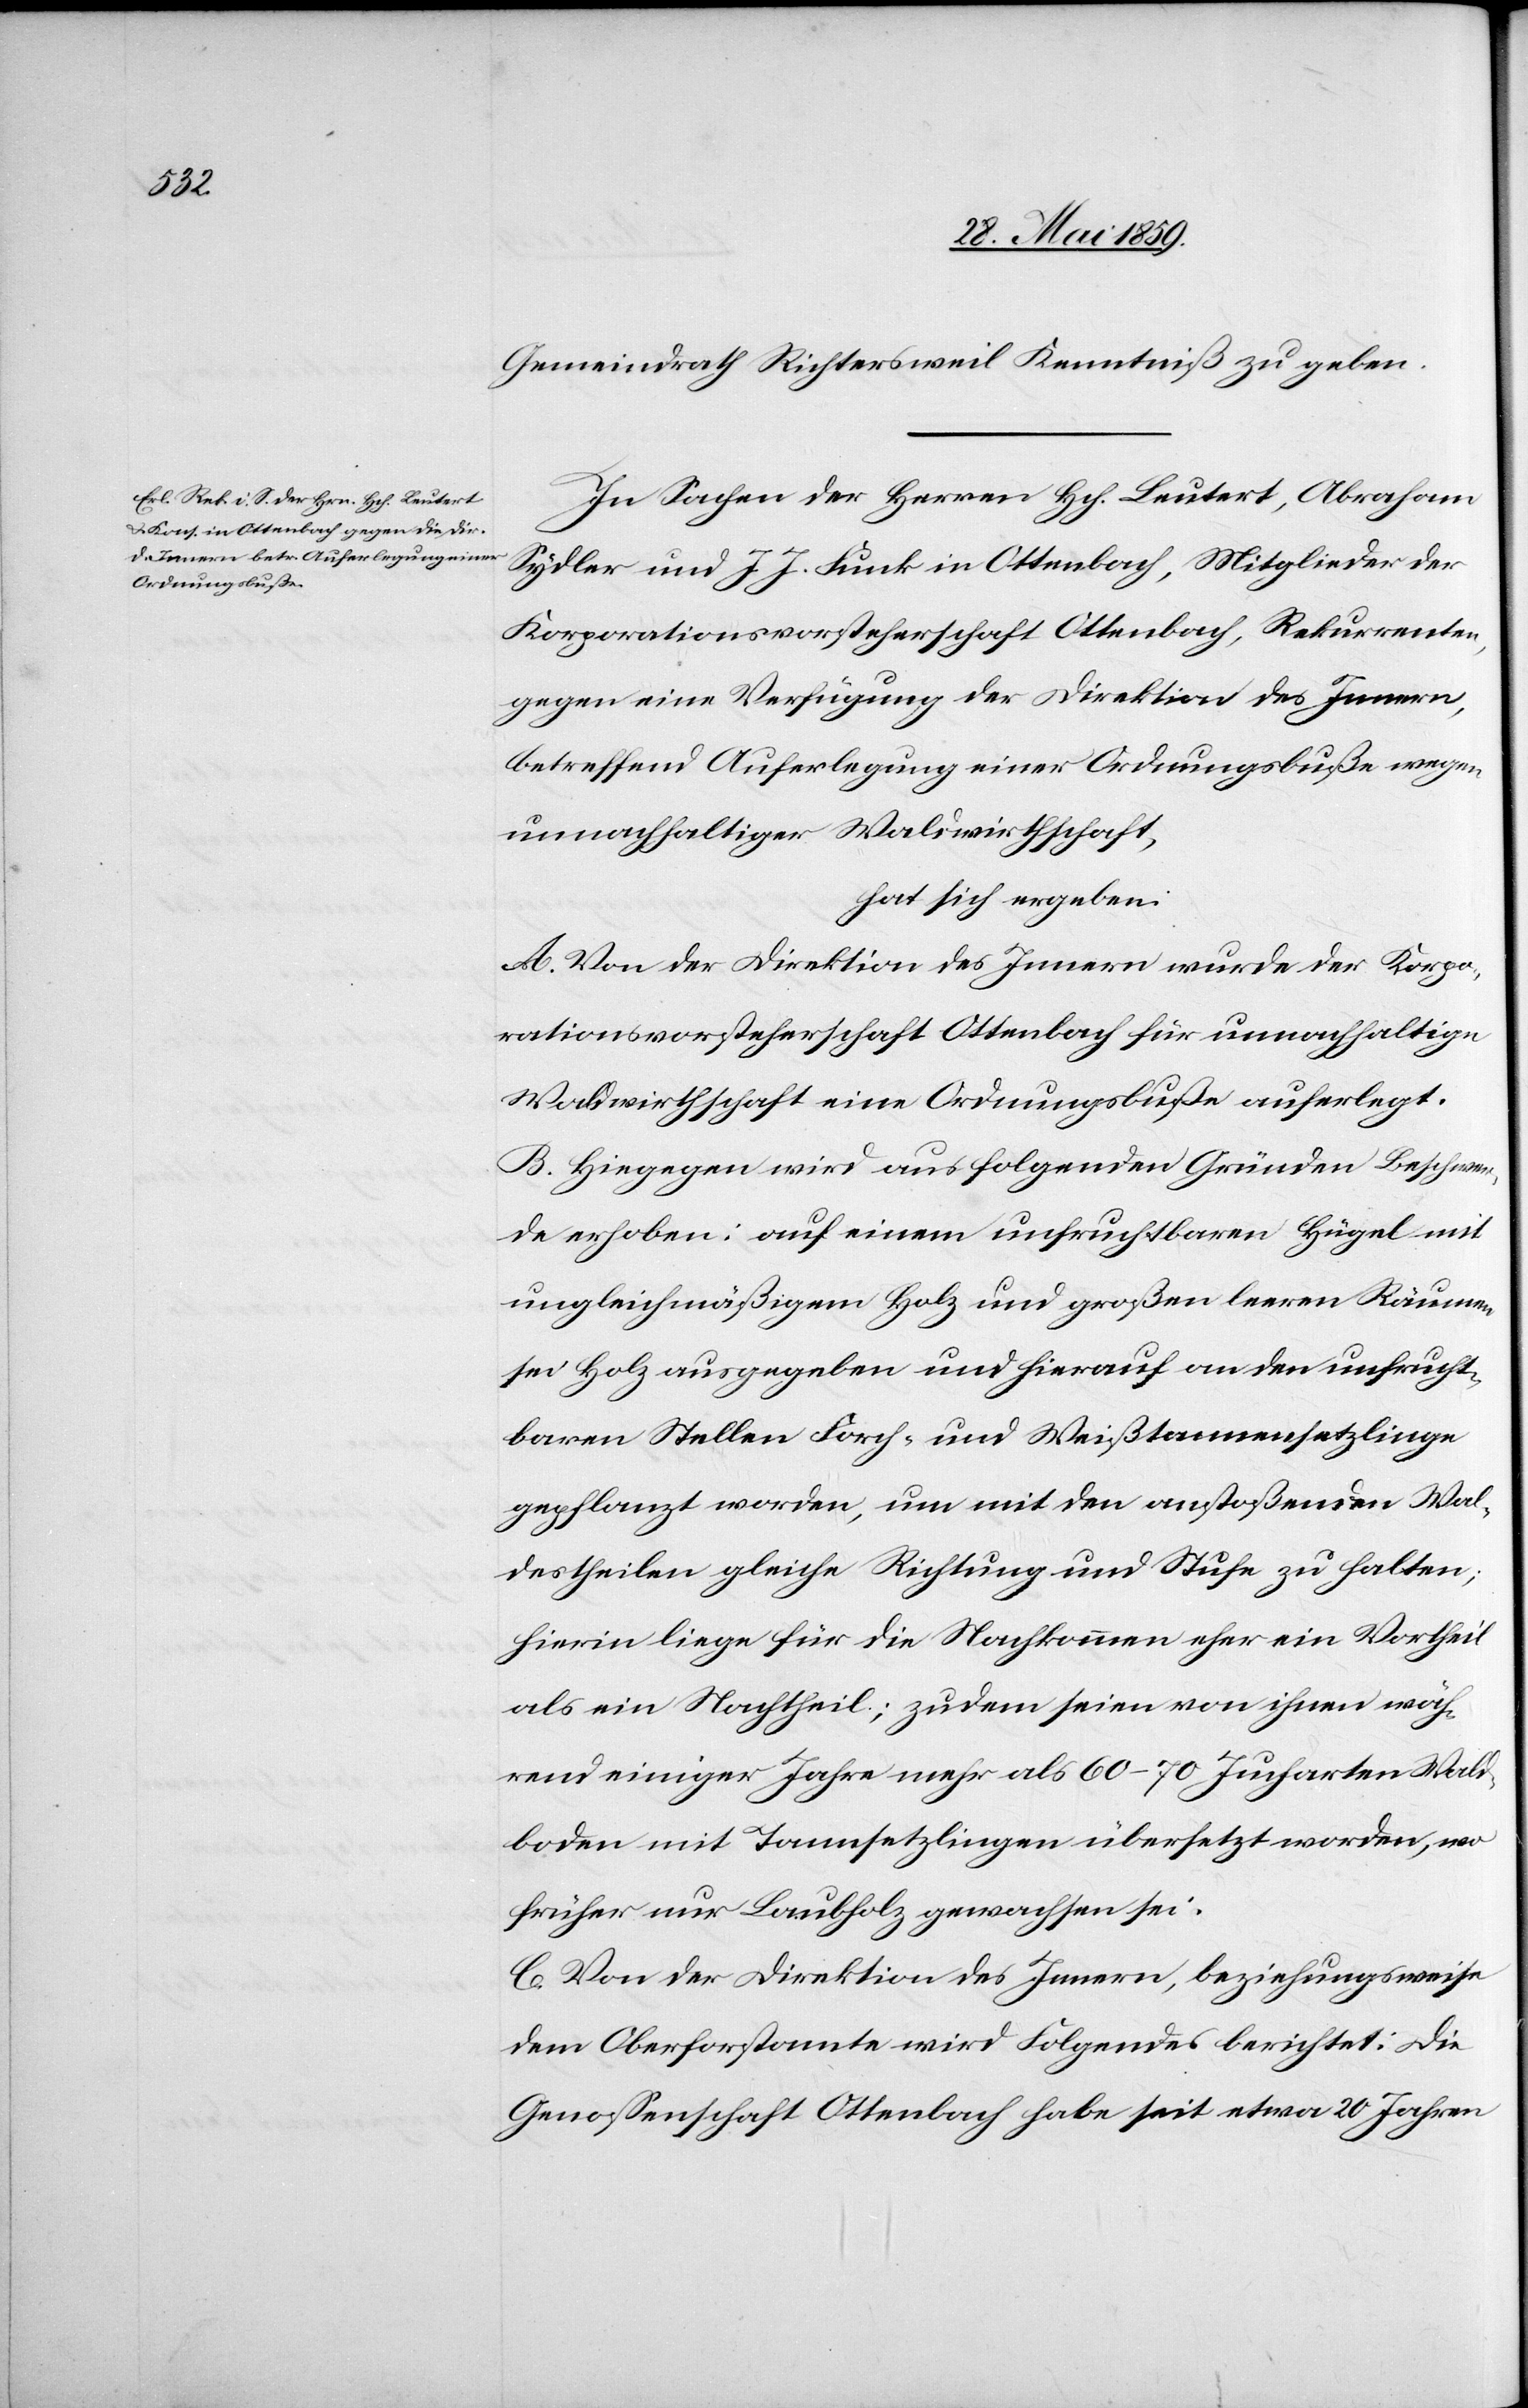
Gemeindrath Richtersweil Kenntniß zu geben.
In Sachen der Herren Hch. Lautert, Abraham
Sydler und J. J. Funk in Ottenbach, Mitglieder der
Korporationsvorsteherschaft Ottenbach, Rekurrenten,
gegen eine Verfügung der Direktion des Innern,
betreffend Auferlegung einer Ordnungsbuße wegen
unnachhaltiger Waldwirthschaft,
hat sich ergeben:
A. Von der Direktion des Innern wurde der Korpo¬
rationsvorsteherschaft Ottenbach für unnachhaltige
Waldwirthschaft eine Ordnungsbuße auferlegt.
B. Hiegegen wird aus folgenden Gründen Beschwer¬
de erhoben: auf einem unfruchtbaren Hügel mit
ungleichmäßigem Holz und großen leeren Räumen
sei Holz ausgegeben und hierauf an den unfrucht¬
baren Stellen Forch- und Weißtannensetzlinge
gepflanzt worden, um mit den anstoßenden Wal¬
destheilen gleiche Richtung und Stufe zu halten;
hierin liege für die Nachkommen eher ein Vortheil
als ein Nachtheil; zudem seien von ihnen wäh¬
rend einiger Jahre mehr als 60–70 Jucharten Wald¬
boden mit Tannsetzlingen übersetzt worden, wo
früher nur Laubholz gewachsen sei.
C. Von der Direktion des Innern, beziehungsweise
dem Oberforstamte wird Folgendes berichtet: Die
Genossenschaft Ottenbach habe seit etwa 20 Jahren